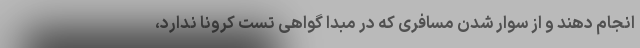
انجام دهند و از سوار شدن مسافری که در مبدا گواهی تست کرونا ندارد،